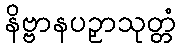
နိဗ္ဗာနပဉှာသုတ္တံ